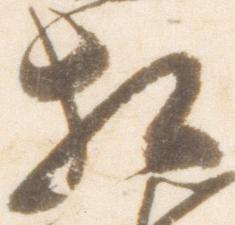
相